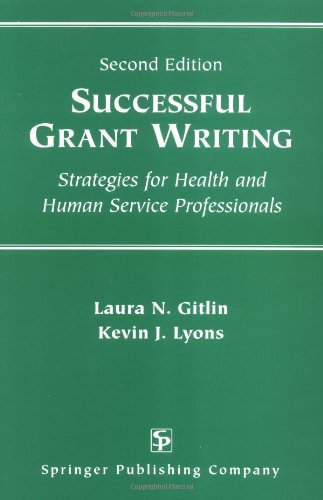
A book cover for Successful Grant Writing: Strategies for Health and Human Service Professionals, Second Edition (Gitlin, Successful Grant Writing); Laura N. Gitlin PhD; Education & Teaching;